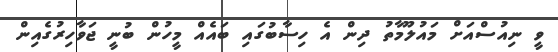
ވީ ނިއުސްއަށް މައުލޫމާތު ދިން އެ ހިސާބުގައި ބައެއް މީހުން ބުނީ ޖަވާހިރުގެއިން